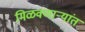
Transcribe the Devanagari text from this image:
मिळवणाऱ्यांत